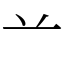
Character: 䒑